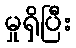
မှုရှိပြီး